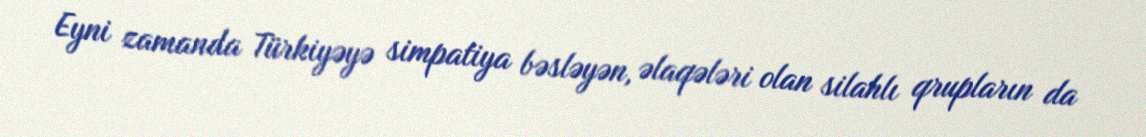
Eyni zamanda Türkiyəyə simpatiya bəsləyən, əlaqələri olan silahlı qrupların da